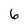
Character: 6